Cholera in southern India
Disease focus: Cholera
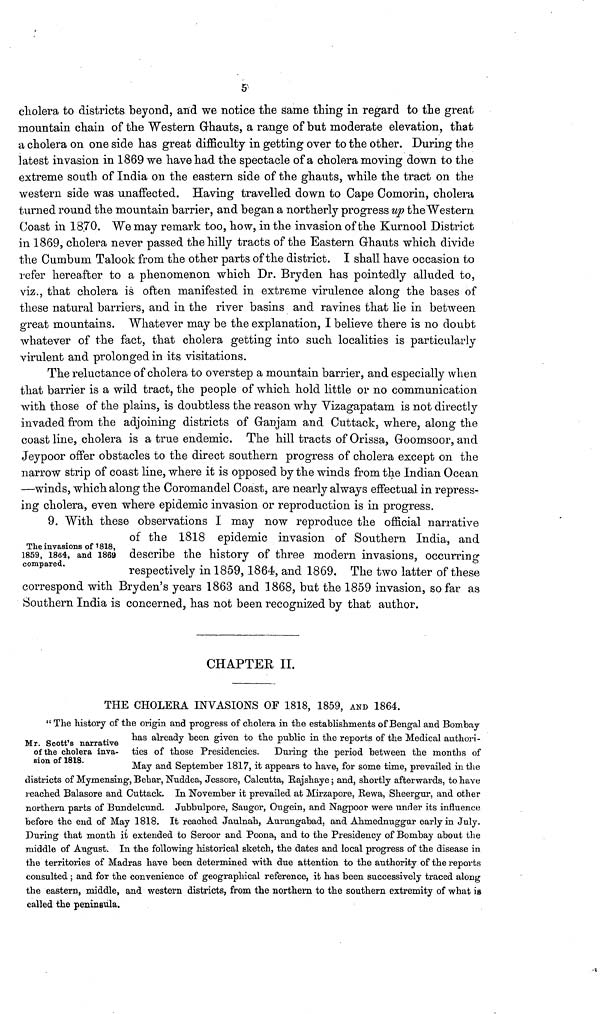
5
cholera to districts beyond, and we notice the same thing in regard to the great
mountain chain of the Western Ghauts, a range of but moderate elevation, that
a cholera on one side has great difficulty in getting over to the other. During the
latest invasion in 1869 we have had the spectacle of a cholera moving down to the
extreme south of India on the eastern side of the ghauts, while the tract on the
western side was unaffected. Having travelled down to Cape Comorin, cholera
turned round the mountain barrier, and began a northerly progress up the Western
Coast in 1870. We may remark too, how, in the invasion of the Kurnool District
in 1869, cholera never passed the hilly tracts of the Eastern Ghauts which divide
the Cumbum Talook from the other parts of the district. I shall have occasion to
refer hereafter to a phenomenon which Dr. Bryden has pointedly alluded to,
viz., that cholera is often manifested in extreme virulence along the bases of
these natural barriers, and in the river basins and ravines that lie in between
great mountains. Whatever may be the explanation, I believe there is no doubt
whatever of the fact, that cholera getting into such localities is particularly
virulent and prolonged in its visitations.
The reluctance of cholera to overstep a mountain barrier, and especially when
that barrier is a wild tract, the people of which hold little or no communication
with those of the plains, is doubtless the reason why Vizagapatam is not directly
invaded from the adjoining districts of Ganjam and Cuttack, where, along the
coast line, cholera is a true endemic. The hill tracts of Orissa, Goomsoor, and
Jeypoor offer obstacles to the direct southern progress of cholera except on the
narrow strip of coast line, where it is opposed by the winds from the Indian Ocean
—winds, which along the Coromandel Coast, are nearly always effectual in repress-
ing cholera, even where epidemic invasion or reproduction is in progress.
The invasions of 1818,
1859, 1864, and 1869
compared.
9. With these observations I may now reproduce the official narrative
of the 1818 epidemic invasion of Southern India, and
describe the history of three modern invasions, occurring
respectively in 1859, 1864, and 1869. The two latter of these
correspond with Bryden's years 1863 and 1868, but the 1859 invasion, so far as
Southern India is concerned, has not been recognized by that author.
CHAPTER II.
THE CHOLEEA INVASIONS OF 1818, 1859, AND 1864.
Mr. Scott's narrative
of the cholera inva-
sion of 1818.
" The history of the origin and progress of cholera in the establishments of Bengal and Bombay
has already been given to the public in the reports of the Medical authori-
ties of those Presidencies. During the period between the months of
May and September 1817, it appears to have, for some time, prevailed in the
districts of Mymensing, Behar, Nuddea, Jessore, Calcutta, Rajshaye; and, shortly afterwards, to have
reached Balasore and Cuttack. In November it prevailed at Mirzapore, Rewa, Sheergur, and other
northern parts of Bundelcund. Jubbulpore, Saugor, Ougein, and Nagpoor were under its influence
before the end of May 1818. It reached Jaulnah, Aurungabad, and Ahmednuggur early in July.
During that month it extended to Seroor and Poona, and to the Presidency of Bombay about the
middle of August. In the following historical sketch, the dates and local progress of the disease in
the territories of Madras have been determined with due attention to the authority of the reports
consulted ; and for the convenience of geographical reference, it has been successively traced along
the eastern, middle, and western districts, from the northern to the southern extremity of what is
called the peninsula.